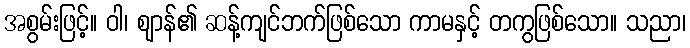
အစွမ်းဖြင့်။ ဝါ၊ ဈာန်၏ ဆန့်ကျင်ဘက်ဖြစ်သော ကာမနှင့် တကွဖြစ်သော။ သညာ၊